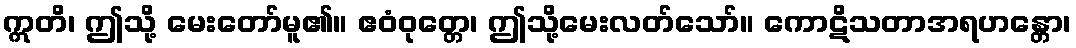
ဣတိ၊ ဤသို့ မေးတော်မူ၏။ ဧဝံဝုတ္တေ၊ ဤသို့မေးလတ်သော်။ ကောဋိသတာအရဟန္တော၊